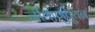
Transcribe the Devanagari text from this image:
जीवाणुपूयन